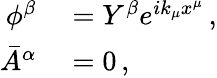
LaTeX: \begin{array}{rl}{\phi^{\beta}}&{{}=Y^{\beta}e^{ik_{\mu}x^{\mu}}\, ,}\\ {\bar{A}^{\alpha}}&{{}=0\, ,}\end{array}